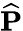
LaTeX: \widehat{\mathbf{P}}